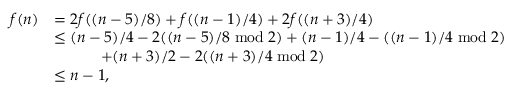
\begin{array} { r l } { f ( n ) } & { = 2 f ( { ( n - 5 ) / 8 } ) + f ( { ( n - 1 ) / 4 } ) + 2 f ( { ( n + 3 ) / 4 } ) } \\ & { \leq { ( n - 5 ) / 4 } - 2 ( { ( n - 5 ) / 8 } \bmod 2 ) + { ( n - 1 ) / 4 } - ( { ( n - 1 ) / 4 } \bmod 2 ) } \\ & { \quad \quad \quad + { ( n + 3 ) / 2 } - 2 ( { ( n + 3 ) / 4 } \bmod 2 ) } \\ & { \leq n - 1 , } \end{array}